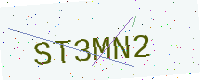
Text: ST3MN2